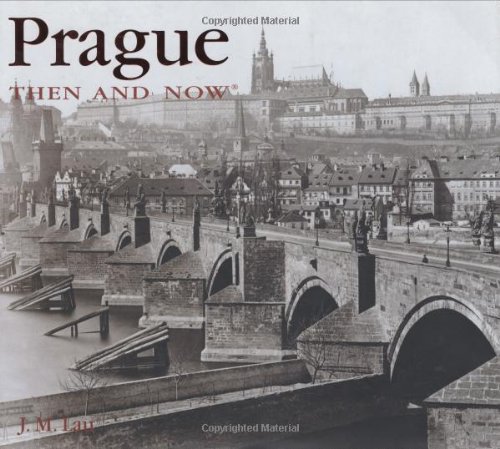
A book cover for Prague Then and Now (Then & Now Thunder Bay); J. M. Lau; Travel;